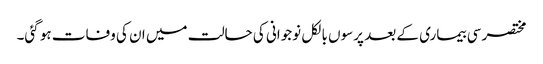
مختصر سی بیماری کے بعد پرسوں بالکل نوجوانی کی حالت میں ان کی وفات ہو گئی۔